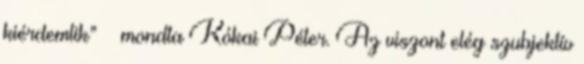
kiérdemlik” – mondta Kókai Péter. Az viszont elég szubjektív